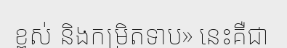
ខ្ពស់ និងកម្រិតទាប» នេះគឺជា